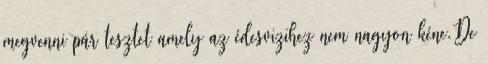
megvenni pár tesztet amely az édesvizihez nem nagyon kéne.De